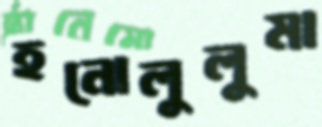
হনোলুলুমা